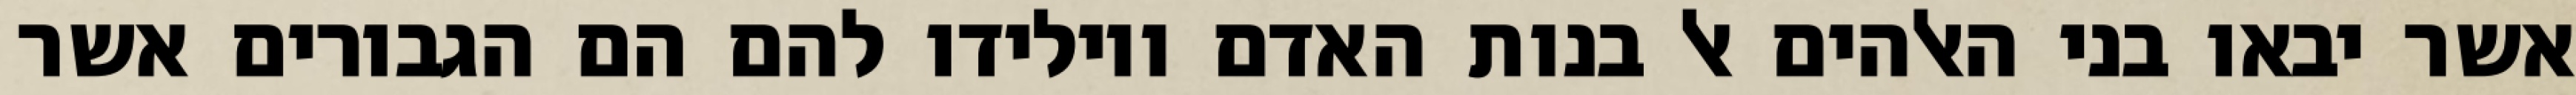
אשר יבאו בני האלהים אל בנות האדם ויולידו להם הם הגבורים אשר